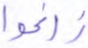
زاغوا